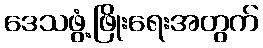
ဒေသဖွံ့ဖြိုးရေးအတွက်